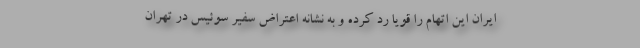
ایران این اتهام را قویا رد کرده و به نشانه اعتراض سفیر سوئیس در تهران